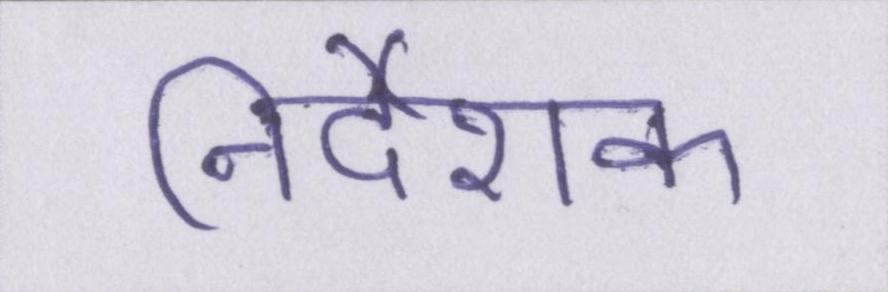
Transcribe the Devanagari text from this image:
निर्देशक